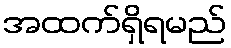
အထက်ရှိရမည်